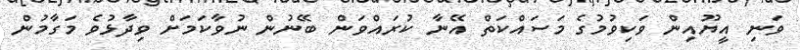
ވަނި އީޔޫއިން ވަކިވުމުގެ މަސައްކަތް އޭނާ ކުރައްވަން ބޭނުން ނުވާކަމަށް ވިދާޅުވެ މަގާމުން